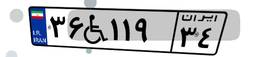
۵۶W۷۱۴۲۷